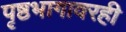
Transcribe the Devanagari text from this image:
पृष्ठभागावरही